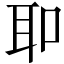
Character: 𦔻